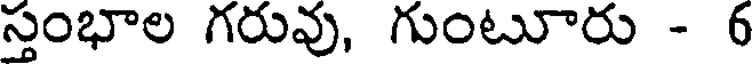
స్తంభాల గరువు, గుంటూరు - 6